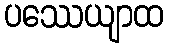
ပဿေယျာထ